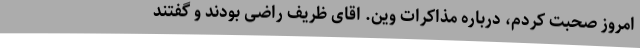
امروز صحبت کردم، درباره مذاکرات وین. اقای ظریف راضی بودند و گفتند